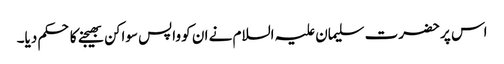
اس پر حضرت سلیمان علیہ السلام نے ان کو واپس سواکن بھیجنے کا حکم دیا۔